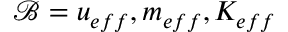
\mathcal { B } = u _ { e f f } , m _ { e f f } , K _ { e f f }